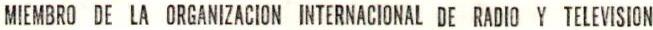
MIEMBRO DE LA ORGANIZACION INTERNACIONAL DE RADIO Y TELEVISION